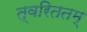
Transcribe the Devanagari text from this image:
त्वरिततम्